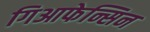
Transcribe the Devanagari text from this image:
गिआफेन्सिन